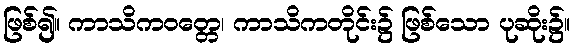
ဖြစ်၍။ ကာသိကဝတ္တေ၊ ကာသိကတိုင်း၌ ဖြစ်သော ပုဆိုး၌။